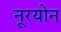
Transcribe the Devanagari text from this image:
नूरयोन